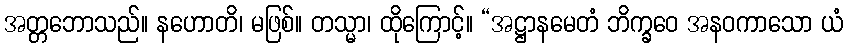
အတ္တဘောသည်။ နဟောတိ၊ မဖြစ်။ တသ္မာ၊ ထိုကြောင့်။ “အဋ္ဌာနမေတံ ဘိက္ခဝေ အနဝကာသော ယံ